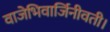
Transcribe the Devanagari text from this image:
वाजेभिवार्जिनीवती।